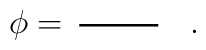
\phi=\setlength{\unitlength}{1mm}\begin{picture}(15,8)(-1,-1)\thicklines\put(0,0){\line(1,0){10}}\end{picture}.